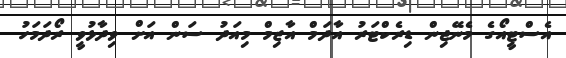
އެސްޓީއޯގެ މެނޭޖިން ޑިރެކްޓަރު އާދަމް އާޒިމް މިއަދު ސަން އަށް ވިދާޅުވީ ރޯދަމަހު